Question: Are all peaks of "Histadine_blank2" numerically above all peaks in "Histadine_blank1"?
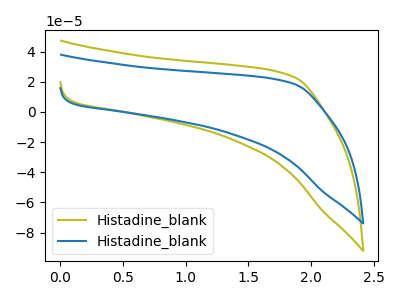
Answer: <think>The olive curve "Histadine_blank1" has no peaks. The blue curve "Histadine_blank2" has no peaks.</think>
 <answer>Niether CV has any peaks.</answer>
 <eval>blanks</eval>